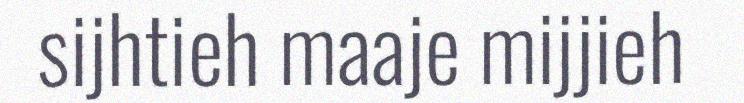
sijhtieh maaje mijjieh